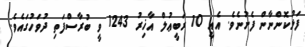
ފަޅުކޮންނާން ފެށުނެވެ. އެއީ 10 ރަބީޢުލް އާޚިރު 1243 ވީ ބުރާސްފަތި ދުވަހުގައެވެ.